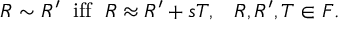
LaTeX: R \sim R ^ { \prime } \; \mathrm { ~ i f f ~ } \; R \approx R ^ { \prime } + s T , \; \; \; R , R ^ { \prime } , T \in { \cal F } .